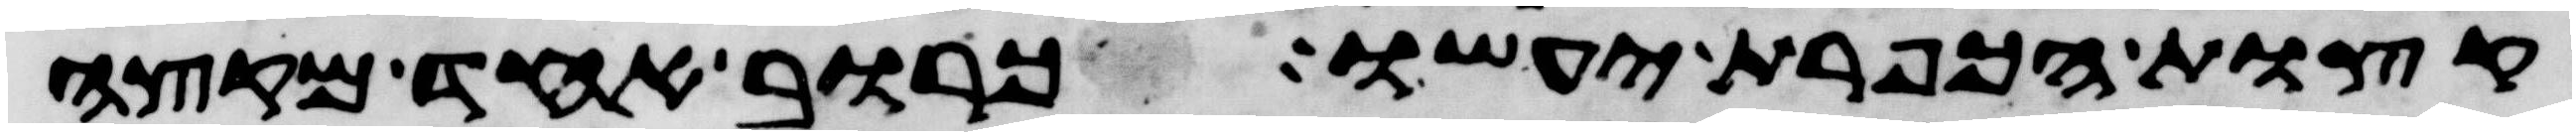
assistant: קצות הכפרת יעשו כרוב אחד מקצה